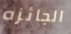
الجائزه